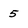
Character: 5